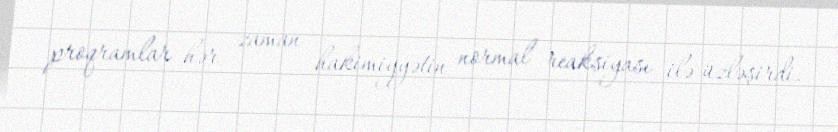
proqramlar hər zaman hakimiyyətin normal reaksiyası ilə üzləşirdi.